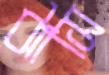
ঝাসি